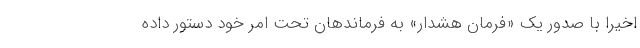
اخیراً با صدور یک «فرمان هشدار» به فرماندهان تحت امر خود دستور داده